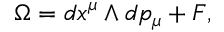
\Omega = d x ^ { \mu } \wedge d p _ { \mu } + F ,